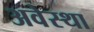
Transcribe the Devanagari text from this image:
अवेस्था